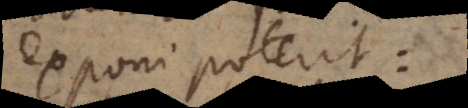
exponi poterit: